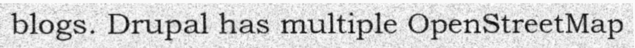
blogs. Drupal has multiple OpenStreetMap